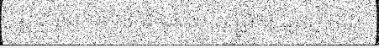
ត្រូវបាន អាក់ខាន ដោយ សង្គ្រាម រដ្ឋប្បវេណី